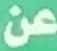
عن